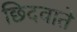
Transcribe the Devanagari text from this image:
छिदवाते